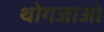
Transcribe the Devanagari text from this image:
थोगजाओ